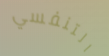
التنفسي